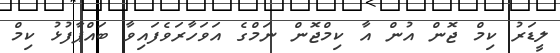
ލީޑަރު ކިމް ޖޮން އުން އާ ކިމްޖޮން ނަމްގެ އަވަހާރަވެފައިވާ ބައްޕާފުޅު ކިމް